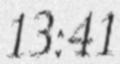
13:41